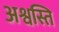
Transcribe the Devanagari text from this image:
अश्वस्ति